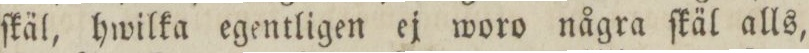
ſkäl, hwilka egentligen ej woro några ſkäl alls,